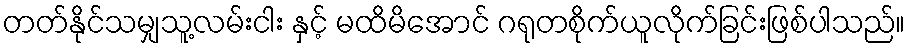
တတ်နိုင်သမျှသူ့လမ်းငါး နှင့် မထိမိအောင် ဂရုတစိုက်ယူလိုက်ခြင်းဖြစ်ပါသည်။